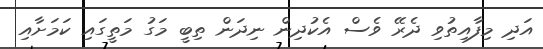
އަދި މިފާއިތުވި ދެރޭ ވެސް އެކުދިން ނިދަން ތިބީ މަގު މަތީގައި ކަމަށާއި